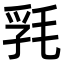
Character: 㲗